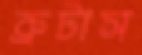
ব্রুটাস